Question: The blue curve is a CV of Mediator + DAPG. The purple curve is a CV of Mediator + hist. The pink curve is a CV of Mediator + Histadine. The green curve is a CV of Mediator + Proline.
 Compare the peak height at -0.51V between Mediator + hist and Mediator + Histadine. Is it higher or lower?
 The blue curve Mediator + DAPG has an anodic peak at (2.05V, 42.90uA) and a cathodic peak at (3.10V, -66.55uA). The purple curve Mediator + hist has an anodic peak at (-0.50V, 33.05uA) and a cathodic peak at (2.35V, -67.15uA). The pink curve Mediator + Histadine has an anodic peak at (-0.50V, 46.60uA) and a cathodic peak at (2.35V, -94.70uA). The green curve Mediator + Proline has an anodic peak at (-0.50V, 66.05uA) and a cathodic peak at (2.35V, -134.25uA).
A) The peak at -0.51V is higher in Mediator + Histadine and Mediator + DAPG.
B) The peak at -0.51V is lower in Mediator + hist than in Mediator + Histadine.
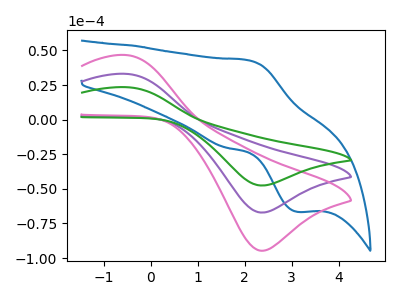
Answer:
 <answer>B) The peak at -0.51V is lower in "Mediator + hist" than in "Mediator + Histadine".</answer>
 <eval>B</eval>